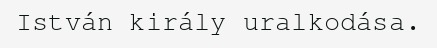
István király uralkodása.